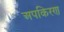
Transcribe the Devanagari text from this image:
अपकिरण